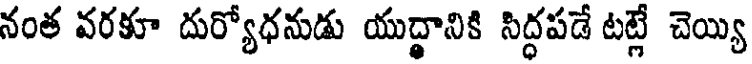
నంత వరకూ దుర్యోధనుడు యుద్ధానికి సిద్ధపడే టట్లే చెయ్యి